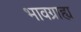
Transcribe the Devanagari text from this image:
भावग्राह्य